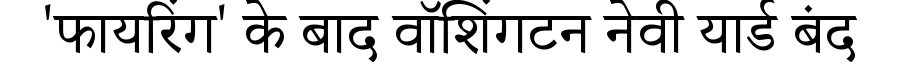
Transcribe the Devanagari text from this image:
'फायरिंग' के बाद वॉशिंगटन नेवी यार्ड बंद